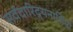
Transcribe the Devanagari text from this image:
सर्वदारिद्र्यनाशिनी